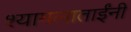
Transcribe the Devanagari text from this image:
श्यामलाताईंनी